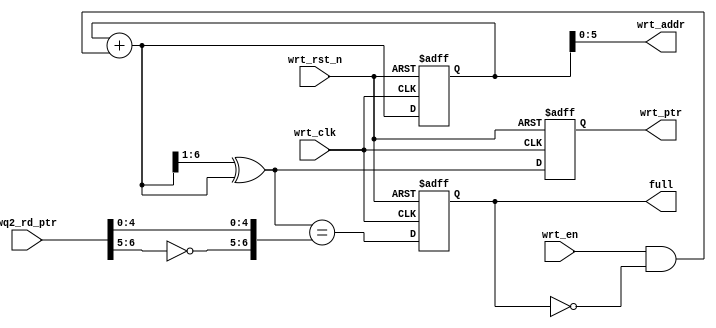
module wrt_ptr_full (output reg full,
		     output [5:0] wrt_addr,
		     output reg [6:0] wrt_ptr,
		     input [6:0] wq2_rd_ptr,
		     input wrt_en, wrt_clk, wrt_rst_n);
	
	reg [6:0] wrt_bin;
	wire [6:0] wrt_gray_next, wrt_bin_next;
	wire full_val;
	
	// Gray Style 2 pointer (both gray code and binary code registers are present)
	always @(posedge wrt_clk or negedge wrt_rst_n)
	if (!wrt_rst_n) 
		{wrt_bin, wrt_ptr} <= 0;
	else
		{wrt_bin, wrt_ptr} <= {wrt_bin_next, wrt_gray_next};
	
	assign wrt_bin_next = wrt_bin + (wrt_en & ~full);
	assign wrt_gray_next = (wrt_bin_next>>1) ^ wrt_bin_next;
	
	// Memory write-address pointer (binary is used to address memory)
	assign wrt_addr = wrt_bin[5:0];
	
	// Simplified version of the three necessary full-tests:
	// assign full_val=((wrt_gray_next[6] != wq2_rd_ptr[6]) &&
	//		    (wrt_gray_next[5] != wq2_rd_ptr[5]) && 
	//   		    (wrt_gray_next[4:0] == wq2_rd_ptr[4:0]));
	assign full_val = (wrt_gray_next=={~wq2_rd_ptr[6:5], wq2_rd_ptr[4:0]});
	
	always @(posedge wrt_clk or negedge wrt_rst_n)
		if (!wrt_rst_n) 
			full <= 1'b0;
		else 
			full <= full_val;
	
endmodule